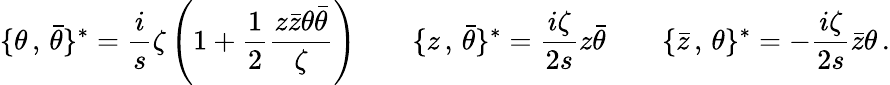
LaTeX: \{ \theta\, ,\, \bar{\theta}\} ^{\ast}=\frac{i}{s}\zeta\left(1+\frac{1}{2}\frac{z\bar{z}\theta\bar{\theta}}{\zeta}\right)\qquad\{ z\, ,\, \bar{\theta}\} ^{\ast}=\frac{i\zeta}{2s}z\bar{\theta}\qquad\{ \bar{z}\, ,\, \theta\} ^{\ast}=-\frac{i\zeta}{2s}\bar{z}\theta\, .